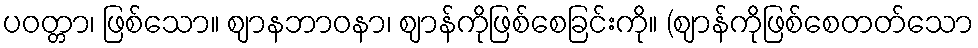
ပဝတ္တာ၊ ဖြစ်သော။ ဈာနဘာဝနာ၊ ဈာန်ကိုဖြစ်စေခြင်းကို။ (ဈာန်ကိုဖြစ်စေတတ်သော